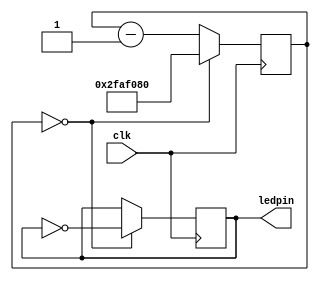
`timescale 1ns / 1ps
//////////////////////////////////////////////////////////////////////////////////
// Company: 
// Engineer: 
// 
// Design Name: 
// Module Name:    blinker 
// Project Name: 
// Target Devices: 
// Tool versions: 
// Description: 
//
// Dependencies: 
//
// Revision: 
// Revision 0.01 - File Created
// Additional Comments: 
//
//////////////////////////////////////////////////////////////////////////////////
`timescale 1ns / 1ps

module blink(
	clk,	// clock signal
	ledpin	// LED pin
    );

	// inputs and outputs
	input clk;

	output ledpin;
	reg ledpin = 0;	

	// internal variable
	reg [25:0] counter = 50_000_000;	// 26 bit variable

	always @(posedge clk)
	if (counter == 0) begin			// at 1 second
		counter <= 50_000_000;		// reset counter
		ledpin <= !ledpin;		// invert ledpin
	end else begin
		counter <= counter - 1;		// decrease
	end

endmodule